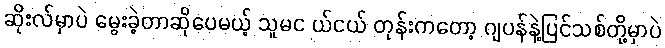
ဆိုးလ်မှာပဲ မွေးခဲ့တာဆိုပေမယ့် သူမင ယ်ငယ် တုန်းကတော့ ဂျပန်နဲ့ပြင်သစ်တို့မှာပဲ